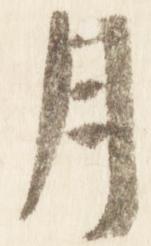
月